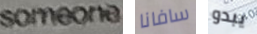
someone سافانا يبدو